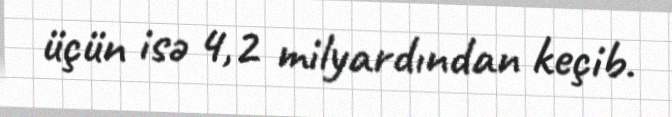
üçün isə 4,2 milyardından keçib.